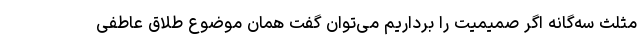
مثلث سه‌گانه اگر صمیمیت را برداریم می‌توان گفت همان موضوع طلاق عاطفی